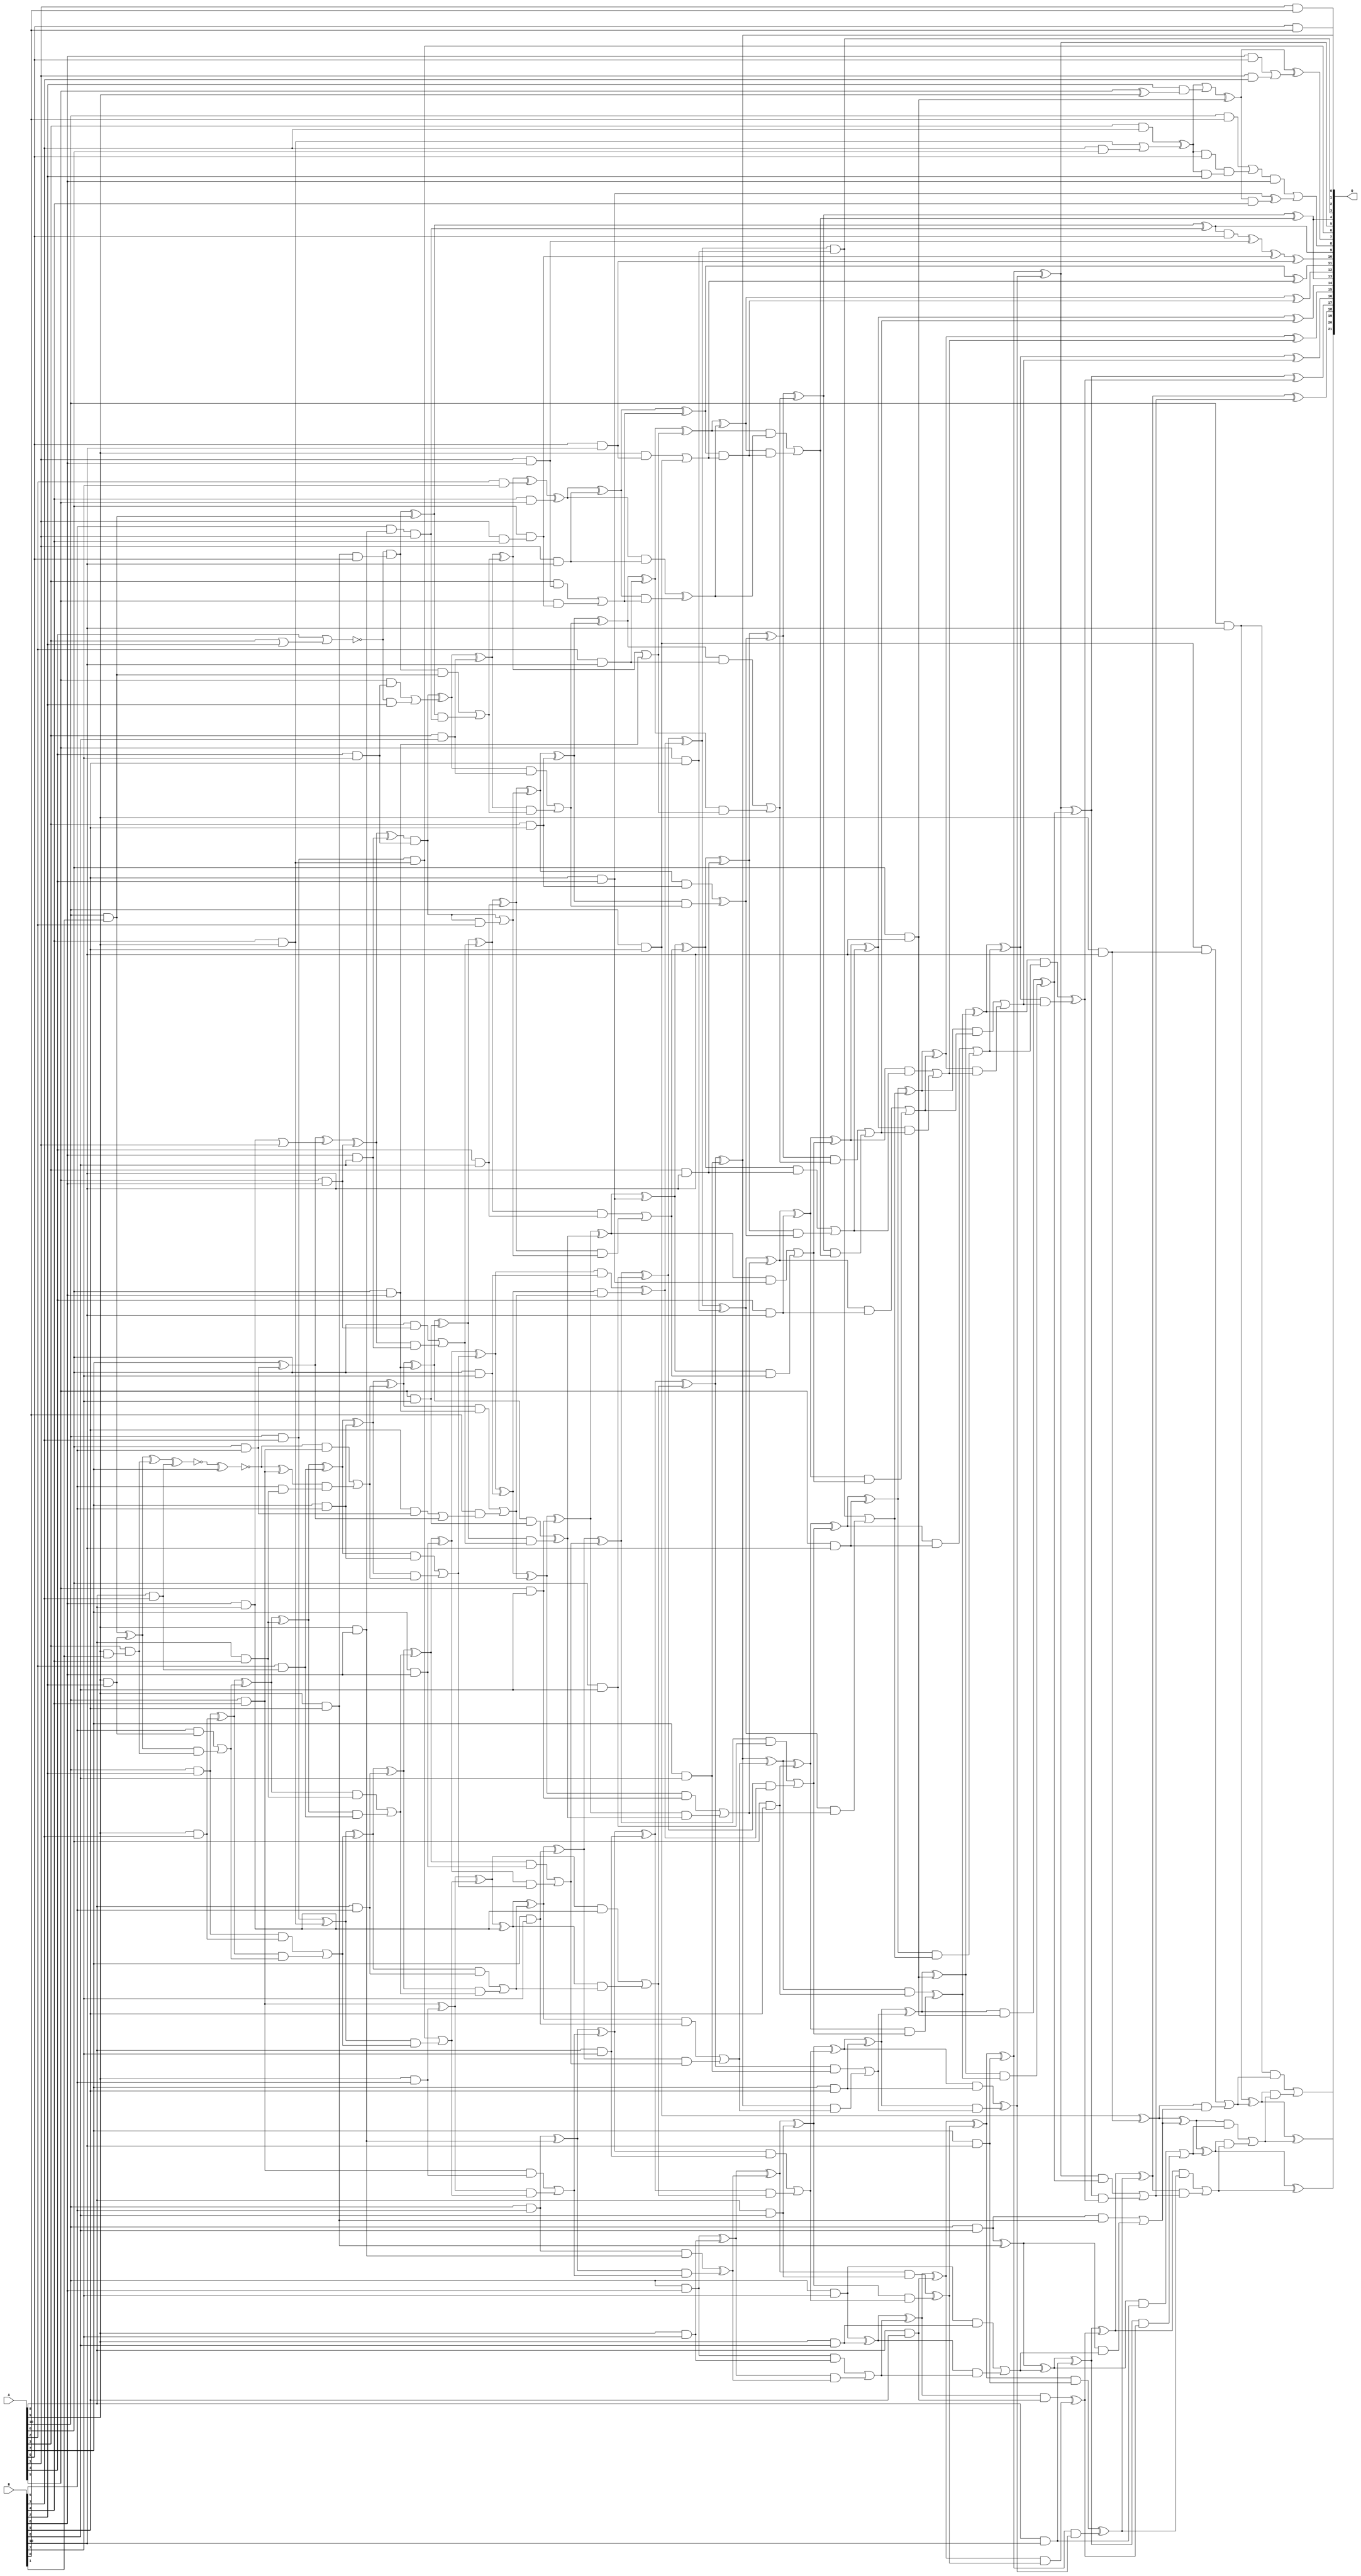
/***
* This code is a part of EvoApproxLib library (ehw.fit.vutbr.cz/approxlib) distributed under The MIT License.
* When used, please cite the following article(s): V. Mrazek, S. S. Sarwar, L. Sekanina, Z. Vasicek and K. Roy, "Design of power-efficient approximate multipliers for approximate artificial neural networks," 2016 IEEE/ACM International Conference on Computer-Aided Design (ICCAD), Austin, TX, 2016, pp. 1-7. doi: 10.1145/2966986.2967021 
* This file contains a circuit from a sub-set of pareto optimal circuits with respect to the pwr and mse parameters
***/
// MAE% = 0.09 %
// MAE = 3787 
// WCE% = 0.47 %
// WCE = 19864 
// WCRE% = 6312.50 %
// EP% = 99.87 %
// MRE% = 3.00 %
// MSE = 22556.998e3 
// PDK45_PWR = 0.517 mW
// PDK45_AREA = 845.7 um2
// PDK45_DELAY = 1.98 ns


module mul11u_0CY(A, B, O);
  input [10:0] A, B;
  output [21:0] O;
  wire [10:0] A, B;
  wire [21:0] O;
  wire sig_23, sig_42, sig_43, sig_63, sig_73, sig_74;
  wire sig_94, sig_114, sig_120, sig_121, sig_122, sig_123;
  wire sig_124, sig_133, sig_134, sig_135, sig_152, sig_153;
  wire sig_154, sig_155, sig_173, sig_175, sig_176, sig_177;
  wire sig_179, sig_180, sig_181, sig_182, sig_183, sig_184;
  wire sig_185, sig_193, sig_194, sig_195, sig_196, sig_208;
  wire sig_211, sig_212, sig_215, sig_224, sig_226, sig_228;
  wire sig_231, sig_232, sig_233, sig_234, sig_236, sig_237;
  wire sig_238, sig_239, sig_240, sig_241, sig_242, sig_244;
  wire sig_245, sig_246, sig_253, sig_254, sig_255, sig_256;
  wire sig_257, sig_264, sig_265, sig_267, sig_268, sig_269;
  wire sig_270, sig_271, sig_272, sig_279, sig_282, sig_283;
  wire sig_286, sig_287, sig_288, sig_289, sig_290, sig_291;
  wire sig_292, sig_293, sig_294, sig_295, sig_296, sig_297;
  wire sig_298, sig_299, sig_300, sig_301, sig_302, sig_303;
  wire sig_304, sig_305, sig_306, sig_307, sig_309, sig_311;
  wire sig_312, sig_313, sig_314, sig_315, sig_316, sig_317;
  wire sig_318, sig_324, sig_325, sig_326, sig_327, sig_328;
  wire sig_329, sig_332, sig_335, sig_338, sig_339, sig_340;
  wire sig_341, sig_342, sig_343, sig_344, sig_345, sig_346;
  wire sig_347, sig_348, sig_349, sig_350, sig_351, sig_352;
  wire sig_353, sig_354, sig_355, sig_356, sig_357, sig_358;
  wire sig_359, sig_360, sig_361, sig_362, sig_363, sig_364;
  wire sig_365, sig_366, sig_367, sig_368, sig_372, sig_373;
  wire sig_374, sig_375, sig_376, sig_377, sig_378, sig_379;
  wire sig_380, sig_385, sig_388, sig_395, sig_396, sig_397;
  wire sig_399, sig_400, sig_401, sig_402, sig_403, sig_404;
  wire sig_405, sig_406, sig_407, sig_408, sig_409, sig_410;
  wire sig_411, sig_412, sig_413, sig_414, sig_415, sig_416;
  wire sig_417, sig_418, sig_419, sig_420, sig_421, sig_422;
  wire sig_423, sig_424, sig_425, sig_426, sig_427, sig_428;
  wire sig_429, sig_431, sig_433, sig_434, sig_435, sig_436;
  wire sig_437, sig_438, sig_439, sig_440, sig_441, sig_447;
  wire sig_450, sig_451, sig_454, sig_455, sig_456, sig_457;
  wire sig_458, sig_459, sig_460, sig_461, sig_462, sig_463;
  wire sig_464, sig_465, sig_466, sig_467, sig_468, sig_469;
  wire sig_470, sig_471, sig_472, sig_473, sig_474, sig_475;
  wire sig_477, sig_478, sig_479, sig_480, sig_481, sig_482;
  wire sig_483, sig_484, sig_485, sig_486, sig_487, sig_488;
  wire sig_489, sig_490, sig_492, sig_493, sig_494, sig_495;
  wire sig_496, sig_497, sig_498, sig_499, sig_500, sig_501;
  wire sig_507, sig_508, sig_509, sig_510, sig_511, sig_512;
  wire sig_513, sig_514, sig_515, sig_516, sig_517, sig_518;
  wire sig_519, sig_520, sig_521, sig_522, sig_523, sig_524;
  wire sig_525, sig_526, sig_527, sig_529, sig_530, sig_531;
  wire sig_532, sig_533, sig_534, sig_535, sig_536, sig_537;
  wire sig_538, sig_539, sig_540, sig_541, sig_542, sig_543;
  wire sig_544, sig_545, sig_546, sig_547, sig_548, sig_549;
  wire sig_550, sig_551, sig_552, sig_553, sig_554, sig_555;
  wire sig_556, sig_557, sig_558, sig_559, sig_560, sig_561;
  wire sig_562, sig_563, sig_564, sig_565, sig_567, sig_568;
  wire sig_569, sig_570, sig_571, sig_572, sig_573, sig_574;
  wire sig_575, sig_576, sig_577, sig_578, sig_579, sig_580;
  wire sig_581, sig_582, sig_583, sig_584, sig_585, sig_586;
  wire sig_587, sig_588, sig_589, sig_590, sig_591, sig_592;
  wire sig_593, sig_594, sig_595, sig_596, sig_597, sig_598;
  wire sig_599, sig_600, sig_602, sig_603, sig_604, sig_605;
  wire sig_606, sig_607, sig_608, sig_609, sig_610, sig_611;
  wire sig_612, sig_614, sig_615, sig_616, sig_617, sig_619;
  wire sig_620, sig_621, sig_622, sig_624, sig_625, sig_626;
  wire sig_627, sig_629, sig_630, sig_631, sig_632, sig_634;
  wire sig_635, sig_636, sig_637, sig_639, sig_640, sig_641;
  wire sig_642, sig_644, sig_645, sig_646, sig_647, sig_649;
  wire sig_650, sig_651, sig_652, sig_654, sig_655, sig_656;
  wire sig_657;
  assign O[0] = A[0] & B[0];
  assign sig_23 = A[1] & B[0];
  assign sig_42 = A[9] & B[1];
  assign sig_43 = A[10] & B[1];
  assign O[1] = sig_23;
  assign sig_63 = A[3] & sig_42;
  assign sig_73 = A[9] & B[2];
  assign sig_74 = A[10] & B[2];
  assign sig_94 = A[5] ^ A[9];
  assign sig_114 = B[4];
  assign sig_120 = sig_43 ^ sig_73;
  assign sig_121 = B[5] & sig_73;
  assign sig_122 = sig_120 & sig_63;
  assign sig_123 = sig_120 ^ sig_63;
  assign sig_124 = sig_121 | sig_122;
  assign sig_133 = A[8] & B[3];
  assign sig_134 = A[9] & B[3];
  assign sig_135 = A[10] & B[3];
  assign sig_152 = B[4] & A[9];
  assign sig_153 = B[3] & A[6];
  assign sig_154 = !(B[2] & sig_94);
  assign sig_155 = sig_152 | sig_153;
  assign sig_173 = A[8] & sig_114;
  assign sig_175 = B[5] & sig_173;
  assign sig_176 = !(sig_123 ^ sig_133);
  assign sig_177 = A[2] & sig_133;
  assign sig_179 = !(sig_176 ^ A[7]);
  assign sig_180 = sig_177;
  assign sig_181 = sig_74 ^ sig_134;
  assign sig_182 = sig_74 & sig_134;
  assign sig_183 = sig_181 & sig_124;
  assign sig_184 = sig_181 ^ sig_124;
  assign sig_185 = sig_182 | sig_183;
  assign sig_193 = A[10] & B[4];
  assign sig_194 = A[8] & B[4];
  assign sig_195 = A[9] & B[4];
  assign sig_196 = A[10] & B[4];
  assign sig_208 = !sig_154;
  assign sig_211 = sig_208;
  assign sig_212 = A[3] & B[3];
  assign sig_215 = sig_212 ^ sig_155;
  assign sig_224 = B[2];
  assign sig_226 = A[3] | sig_224;
  assign sig_228 = B[6] & A[8];
  assign sig_231 = sig_228 | A[1];
  assign sig_232 = sig_179 ^ sig_193;
  assign sig_233 = sig_179 & sig_193;
  assign sig_234 = sig_232 & sig_175;
  assign sig_236 = sig_233 | sig_234;
  assign sig_237 = sig_184 ^ sig_194;
  assign sig_238 = sig_184 & sig_194;
  assign sig_239 = sig_237 & sig_180;
  assign sig_240 = sig_237 ^ sig_180;
  assign sig_241 = sig_238 | sig_239;
  assign sig_242 = sig_135 ^ sig_195;
  assign O[6] = sig_135 & sig_195;
  assign sig_244 = sig_242 & sig_185;
  assign sig_245 = sig_242 ^ sig_185;
  assign sig_246 = O[6] | sig_244;
  assign sig_253 = A[6] & B[5];
  assign sig_254 = A[7] & B[5];
  assign sig_255 = A[8] & B[5];
  assign sig_256 = A[9] & B[5];
  assign sig_257 = A[10] & B[5];
  assign sig_264 = B[6] & A[0];
  assign sig_265 = A[1] & B[3];
  assign sig_267 = sig_264 | sig_265;
  assign sig_268 = sig_215;
  assign sig_269 = sig_215 & A[0];
  assign sig_270 = sig_268 & B[2];
  assign sig_271 = sig_268 | sig_211;
  assign sig_272 = sig_269 & sig_270;
  assign sig_279 = A[9] & B[9];
  assign sig_282 = sig_279 & A[0];
  assign sig_283 = A[4];
  assign sig_286 = sig_283 | sig_226;
  assign sig_287 = B[6] & B[8];
  assign sig_288 = A[7] ^ sig_253;
  assign sig_289 = B[9] & sig_253;
  assign sig_290 = sig_288;
  assign sig_291 = sig_288 ^ sig_231;
  assign sig_292 = sig_289 | sig_290;
  assign sig_293 = sig_240 ^ sig_254;
  assign sig_294 = sig_240 & sig_254;
  assign sig_295 = sig_293 & sig_236;
  assign sig_296 = sig_293 ^ sig_236;
  assign sig_297 = sig_294 | sig_295;
  assign sig_298 = sig_245 ^ sig_255;
  assign sig_299 = sig_245 & sig_255;
  assign sig_300 = sig_298 & sig_241;
  assign sig_301 = sig_298 ^ sig_241;
  assign sig_302 = sig_299 | sig_300;
  assign sig_303 = sig_196 ^ sig_256;
  assign sig_304 = sig_196 & sig_256;
  assign sig_305 = sig_303 & sig_246;
  assign sig_306 = sig_303 ^ sig_246;
  assign sig_307 = sig_304 | sig_305;
  assign sig_309 = A[6] & B[10];
  assign sig_311 = A[9] & B[6];
  assign sig_312 = A[4] & B[7];
  assign sig_313 = A[5] & B[6];
  assign sig_314 = A[6] & B[6];
  assign sig_315 = A[7] & B[6];
  assign sig_316 = A[8] & B[6];
  assign sig_317 = A[9] & B[6];
  assign sig_318 = A[10] & B[6];
  assign sig_324 = sig_271 ^ sig_309;
  assign sig_325 = B[9] & A[4];
  assign sig_326 = sig_324 & B[4];
  assign sig_327 = sig_324 ^ sig_267;
  assign sig_328 = sig_325 ^ sig_326;
  assign sig_329 = A[10] & B[0];
  assign sig_332 = sig_329 | sig_272;
  assign sig_335 = B[5] & sig_311;
  assign sig_338 = sig_335 & A[1];
  assign sig_339 = !sig_286;
  assign sig_340 = A[5] & sig_312;
  assign sig_341 = sig_339 & B[2];
  assign sig_342 = sig_339 & sig_282;
  assign sig_343 = sig_340 | sig_341;
  assign sig_344 = sig_291 ^ sig_313;
  assign sig_345 = A[6] & sig_313;
  assign sig_346 = sig_344 & sig_287;
  assign sig_347 = sig_344 ^ sig_287;
  assign sig_348 = sig_345 | sig_346;
  assign sig_349 = sig_296 ^ sig_314;
  assign sig_350 = sig_296 & sig_314;
  assign sig_351 = B[0] & sig_292;
  assign sig_352 = sig_349;
  assign sig_353 = sig_350 | sig_351;
  assign sig_354 = sig_301 ^ sig_315;
  assign sig_355 = sig_301 & sig_315;
  assign sig_356 = sig_354 & sig_297;
  assign sig_357 = sig_354 ^ sig_297;
  assign sig_358 = sig_355 | sig_356;
  assign sig_359 = sig_306 ^ sig_316;
  assign sig_360 = sig_306 & sig_316;
  assign sig_361 = sig_359 & sig_302;
  assign sig_362 = sig_359 ^ sig_302;
  assign sig_363 = sig_360 | sig_361;
  assign sig_364 = sig_257 ^ sig_317;
  assign sig_365 = sig_257 & sig_317;
  assign sig_366 = sig_364 & sig_307;
  assign sig_367 = sig_364 ^ sig_307;
  assign sig_368 = sig_365 ^ sig_366;
  assign sig_372 = A[10] & B[1];
  assign sig_373 = A[4] & B[7];
  assign sig_374 = A[5] & B[7];
  assign sig_375 = A[6] & B[7];
  assign sig_376 = A[7] & B[7];
  assign sig_377 = A[8] & B[7];
  assign sig_378 = A[9] & B[7];
  assign sig_379 = A[10] & B[7];
  assign sig_380 = sig_327;
  assign O[7] = sig_380;
  assign sig_385 = sig_332 & B[6];
  assign sig_388 = sig_385 | sig_328;
  assign sig_395 = sig_342 ^ sig_372;
  assign sig_396 = sig_342 & sig_372;
  assign sig_397 = sig_395 & sig_338;
  assign O[9] = sig_395 ^ sig_338;
  assign sig_399 = sig_396 | sig_397;
  assign sig_400 = sig_347 & sig_373;
  assign sig_401 = sig_347 & sig_373;
  assign sig_402 = sig_400 & A[2];
  assign sig_403 = sig_400 ^ sig_343;
  assign sig_404 = sig_401 | sig_402;
  assign sig_405 = sig_352 ^ sig_374;
  assign sig_406 = sig_352 & sig_374;
  assign sig_407 = sig_405 & sig_348;
  assign sig_408 = sig_405 ^ sig_348;
  assign sig_409 = sig_406 ^ sig_407;
  assign sig_410 = sig_357 ^ sig_375;
  assign sig_411 = sig_357 & sig_375;
  assign sig_412 = sig_410 & sig_353;
  assign sig_413 = sig_410 ^ sig_353;
  assign sig_414 = sig_411 ^ sig_412;
  assign sig_415 = sig_362 ^ sig_376;
  assign sig_416 = sig_362 & sig_376;
  assign sig_417 = sig_415 & sig_358;
  assign sig_418 = sig_415 ^ sig_358;
  assign sig_419 = sig_416 | sig_417;
  assign sig_420 = sig_367 ^ sig_377;
  assign sig_421 = sig_367 & sig_377;
  assign sig_422 = sig_420 & sig_363;
  assign sig_423 = sig_420 ^ sig_363;
  assign sig_424 = sig_421 | sig_422;
  assign sig_425 = sig_318 ^ sig_378;
  assign sig_426 = sig_318 & sig_378;
  assign sig_427 = sig_425 & sig_368;
  assign sig_428 = sig_425 ^ sig_368;
  assign sig_429 = sig_426 | sig_427;
  assign sig_431 = A[1] & B[4];
  assign sig_433 = A[3] & B[8];
  assign sig_434 = A[4] & B[8];
  assign sig_435 = A[5] & B[8];
  assign sig_436 = A[6] & B[8];
  assign sig_437 = A[7] & B[8];
  assign sig_438 = A[8] & B[8];
  assign sig_439 = A[9] & B[8];
  assign sig_440 = A[10] & B[8];
  assign sig_441 = sig_388;
  assign O[8] = sig_441;
  assign sig_447 = A[6] & sig_431;
  assign sig_450 = sig_447;
  assign sig_451 = O[9];
  assign sig_454 = sig_451 & A[0];
  assign sig_455 = B[4] & A[5];
  assign sig_456 = sig_403 ^ sig_433;
  assign sig_457 = sig_403 & sig_433;
  assign sig_458 = sig_456 & sig_399;
  assign sig_459 = sig_456 ^ sig_399;
  assign sig_460 = sig_457 | sig_458;
  assign sig_461 = sig_408 ^ sig_434;
  assign sig_462 = sig_408 & sig_434;
  assign sig_463 = sig_461 & sig_404;
  assign sig_464 = sig_461 ^ sig_404;
  assign sig_465 = sig_462 | sig_463;
  assign sig_466 = sig_413 ^ sig_435;
  assign sig_467 = sig_413 & sig_435;
  assign sig_468 = sig_466 & sig_409;
  assign sig_469 = sig_466 ^ sig_409;
  assign sig_470 = sig_467 | sig_468;
  assign sig_471 = sig_418 ^ sig_436;
  assign sig_472 = sig_418 & sig_436;
  assign sig_473 = sig_471 & sig_414;
  assign sig_474 = sig_471 ^ sig_414;
  assign sig_475 = sig_472 | sig_473;
  assign O[2] = sig_423 ^ sig_437;
  assign sig_477 = sig_423 & sig_437;
  assign sig_478 = O[2] & sig_419;
  assign sig_479 = O[2] ^ sig_419;
  assign sig_480 = sig_477 | sig_478;
  assign sig_481 = sig_428 ^ sig_438;
  assign sig_482 = sig_428 & sig_438;
  assign sig_483 = sig_481 & sig_424;
  assign sig_484 = sig_481 ^ sig_424;
  assign sig_485 = sig_482 ^ sig_483;
  assign sig_486 = sig_379 ^ sig_439;
  assign sig_487 = sig_379 & sig_439;
  assign sig_488 = sig_486 & sig_429;
  assign sig_489 = sig_486 ^ sig_429;
  assign sig_490 = sig_487 | sig_488;
  assign sig_492 = A[1] & B[6];
  assign sig_493 = A[2] & B[7];
  assign sig_494 = A[3] & B[9];
  assign sig_495 = A[4] & B[9];
  assign sig_496 = A[5] & B[9];
  assign sig_497 = A[6] & B[9];
  assign sig_498 = A[7] & B[9];
  assign sig_499 = A[8] & B[9];
  assign sig_500 = A[9] & B[9];
  assign sig_501 = A[10] & B[9];
  assign sig_507 = sig_454 ^ sig_492;
  assign sig_508 = A[3] & sig_492;
  assign sig_509 = A[5] & sig_450;
  assign sig_510 = sig_507 ^ sig_450;
  assign sig_511 = sig_508 | sig_509;
  assign sig_512 = sig_459 ^ sig_493;
  assign sig_513 = sig_459;
  assign sig_514 = B[6] & A[6];
  assign sig_515 = sig_512 ^ sig_455;
  assign sig_516 = sig_513 | sig_514;
  assign sig_517 = sig_464 ^ sig_494;
  assign sig_518 = sig_464 & sig_494;
  assign sig_519 = sig_517 & sig_460;
  assign sig_520 = sig_517 ^ sig_460;
  assign sig_521 = sig_518 ^ sig_519;
  assign sig_522 = sig_469 ^ sig_495;
  assign sig_523 = sig_469 & sig_495;
  assign sig_524 = sig_522 & sig_465;
  assign sig_525 = sig_522 ^ sig_465;
  assign sig_526 = sig_523 | sig_524;
  assign sig_527 = sig_474 ^ sig_496;
  assign O[3] = sig_474 & sig_496;
  assign sig_529 = sig_527 & sig_470;
  assign sig_530 = sig_527 ^ sig_470;
  assign sig_531 = O[3] | sig_529;
  assign sig_532 = sig_479 ^ sig_497;
  assign sig_533 = sig_479 & sig_497;
  assign sig_534 = sig_532 & sig_475;
  assign sig_535 = sig_532 ^ sig_475;
  assign sig_536 = sig_533 ^ sig_534;
  assign sig_537 = sig_484 ^ sig_498;
  assign sig_538 = sig_484 & sig_498;
  assign sig_539 = sig_537 & sig_480;
  assign sig_540 = sig_537 ^ sig_480;
  assign sig_541 = sig_538 ^ sig_539;
  assign sig_542 = sig_489 ^ sig_499;
  assign sig_543 = sig_489 & sig_499;
  assign sig_544 = sig_542 & sig_485;
  assign sig_545 = sig_542 ^ sig_485;
  assign sig_546 = sig_543 ^ sig_544;
  assign sig_547 = sig_440 ^ sig_500;
  assign sig_548 = sig_440 & sig_500;
  assign sig_549 = sig_547 & sig_490;
  assign sig_550 = sig_547 ^ sig_490;
  assign sig_551 = sig_548 | sig_549;
  assign sig_552 = A[0] & B[10];
  assign sig_553 = A[1] & B[10];
  assign sig_554 = A[2] & B[10];
  assign sig_555 = A[3] & B[10];
  assign sig_556 = A[4] & B[10];
  assign sig_557 = A[5] & B[10];
  assign sig_558 = A[6] & B[10];
  assign sig_559 = A[7] & B[10];
  assign sig_560 = A[8] & B[10];
  assign sig_561 = A[9] & B[10];
  assign sig_562 = A[10] & B[10];
  assign sig_563 = sig_510 ^ sig_552;
  assign sig_564 = A[9] & sig_552;
  assign sig_565 = A[10] & B[9];
  assign O[10] = sig_563;
  assign sig_567 = sig_564 | sig_565;
  assign sig_568 = sig_515 ^ sig_553;
  assign sig_569 = sig_515 & sig_553;
  assign sig_570 = sig_568 & sig_511;
  assign sig_571 = sig_568 ^ sig_511;
  assign sig_572 = sig_569 ^ sig_570;
  assign sig_573 = sig_520 ^ sig_554;
  assign sig_574 = sig_520 & sig_554;
  assign sig_575 = sig_573 & sig_516;
  assign sig_576 = sig_573 ^ sig_516;
  assign sig_577 = sig_574 | sig_575;
  assign sig_578 = sig_525 ^ sig_555;
  assign sig_579 = sig_525 & sig_555;
  assign sig_580 = sig_578 & sig_521;
  assign sig_581 = sig_578 ^ sig_521;
  assign sig_582 = sig_579 | sig_580;
  assign sig_583 = sig_530 ^ sig_556;
  assign sig_584 = sig_530 & sig_556;
  assign sig_585 = sig_583 & sig_526;
  assign sig_586 = sig_583 ^ sig_526;
  assign sig_587 = sig_584 | sig_585;
  assign sig_588 = sig_535 ^ sig_557;
  assign sig_589 = sig_535 & sig_557;
  assign sig_590 = sig_588 & sig_531;
  assign sig_591 = sig_588 ^ sig_531;
  assign sig_592 = sig_589 | sig_590;
  assign sig_593 = sig_540 ^ sig_558;
  assign sig_594 = sig_540 & sig_558;
  assign sig_595 = sig_593 & sig_536;
  assign sig_596 = sig_593 ^ sig_536;
  assign sig_597 = sig_594 ^ sig_595;
  assign sig_598 = sig_545 ^ sig_559;
  assign sig_599 = sig_545 & sig_559;
  assign sig_600 = sig_598 & sig_541;
  assign O[5] = sig_598 ^ sig_541;
  assign sig_602 = sig_599 ^ sig_600;
  assign sig_603 = sig_550 ^ sig_560;
  assign sig_604 = sig_550 & sig_560;
  assign sig_605 = sig_603 & sig_546;
  assign sig_606 = sig_603 ^ sig_546;
  assign sig_607 = sig_604 | sig_605;
  assign sig_608 = sig_501 ^ sig_561;
  assign sig_609 = sig_501 & sig_561;
  assign sig_610 = sig_608 & sig_551;
  assign sig_611 = sig_608 ^ sig_551;
  assign sig_612 = sig_609 | sig_610;
  assign O[11] = sig_571 ^ sig_567;
  assign sig_614 = sig_571 & sig_567;
  assign sig_615 = sig_576 ^ sig_572;
  assign sig_616 = sig_576 & sig_572;
  assign sig_617 = sig_615 & sig_614;
  assign O[12] = sig_615 ^ sig_614;
  assign sig_619 = sig_616 | sig_617;
  assign sig_620 = sig_581 ^ sig_577;
  assign sig_621 = sig_581 & sig_577;
  assign sig_622 = sig_620 & sig_619;
  assign O[4] = sig_620 ^ sig_619;
  assign sig_624 = sig_621 | sig_622;
  assign sig_625 = sig_586 ^ sig_582;
  assign sig_626 = sig_586 & sig_582;
  assign sig_627 = sig_625 & sig_624;
  assign O[14] = sig_625 ^ sig_624;
  assign sig_629 = sig_626 | sig_627;
  assign sig_630 = sig_591 ^ sig_587;
  assign sig_631 = sig_591 & sig_587;
  assign sig_632 = sig_630 & sig_629;
  assign O[15] = sig_630 ^ sig_629;
  assign sig_634 = sig_631 | sig_632;
  assign sig_635 = sig_596 ^ sig_592;
  assign sig_636 = sig_596 & sig_592;
  assign sig_637 = sig_635 & sig_634;
  assign O[16] = sig_635 ^ sig_634;
  assign sig_639 = sig_636 ^ sig_637;
  assign sig_640 = O[5] ^ sig_597;
  assign sig_641 = O[5] & sig_597;
  assign sig_642 = sig_640 & sig_639;
  assign O[17] = sig_640 ^ sig_639;
  assign sig_644 = sig_641 | sig_642;
  assign sig_645 = sig_606 ^ sig_602;
  assign sig_646 = sig_606 & sig_602;
  assign sig_647 = sig_645 & sig_644;
  assign O[18] = sig_645 ^ sig_644;
  assign sig_649 = sig_646 | sig_647;
  assign sig_650 = sig_611 ^ sig_607;
  assign sig_651 = sig_611 & sig_607;
  assign sig_652 = sig_650 & sig_649;
  assign O[19] = sig_650 ^ sig_649;
  assign sig_654 = sig_651 | sig_652;
  assign sig_655 = sig_562 ^ sig_612;
  assign sig_656 = sig_562 & sig_612;
  assign sig_657 = sig_655 & sig_654;
  assign O[20] = sig_655 ^ sig_654;
  assign O[21] = sig_656 | sig_657;
  assign O[13] = O[4];
endmodule